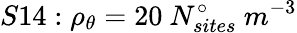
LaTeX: S14:\rho_{\theta}=20\ N_{sites}^{\circ}\ m^{-3}